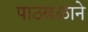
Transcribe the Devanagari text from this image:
पाठबळाने